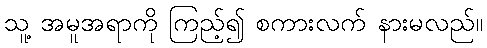
သူ့ အမူအရာကို ကြည့်၍ စကားလက် နားမလည်။